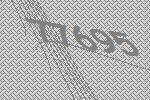
77695